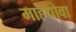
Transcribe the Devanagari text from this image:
माहधोवा